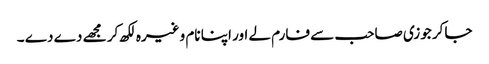
جاکر جوزی صاحب سے فارم لے اور اپنا نام وغیرہ لکھ کر مجھے دے دے ۔